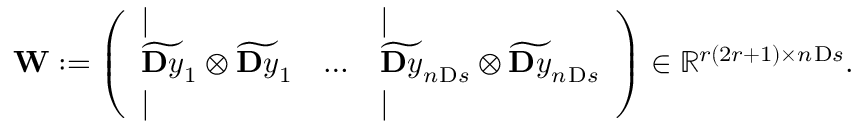
\mathbf { W } : = \left( \begin{array} { l l l } { | } & & { | } \\ { \widetilde { \ensuremath Ḋ \mathbf Ḋ y Ḍ Ḍ } _ { 1 } \otimes \widetilde { \ensuremath Ḋ \mathbf Ḋ y Ḍ Ḍ } _ { 1 } } & { \dots } & { \widetilde { \ensuremath Ḋ \mathbf Ḋ y Ḍ Ḍ } _ { n _ { Ḋ } \mathrm Ḋ s Ḍ Ḍ } \otimes \widetilde { \ensuremath Ḋ \mathbf Ḋ y Ḍ Ḍ } _ { n _ { Ḋ } \mathrm Ḋ s Ḍ Ḍ } } \\ { | } & & { | } \end{array} \right) \in \mathbb { R } ^ { r ( 2 r + 1 ) \times n _ { Ḋ } \mathrm Ḋ s Ḍ Ḍ } .